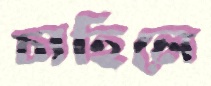
চাহিলে